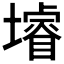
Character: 龼